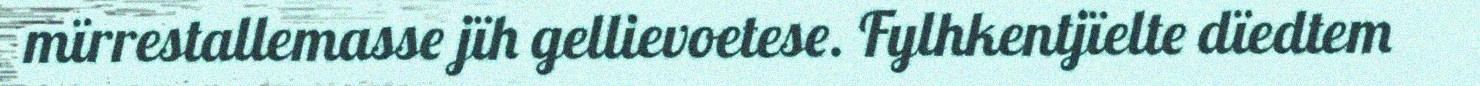
mïrrestallemasse jïh gellievoetese. Fylhkentjïelte dïedtem